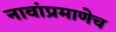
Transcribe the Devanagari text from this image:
नावांप्रमाणेच